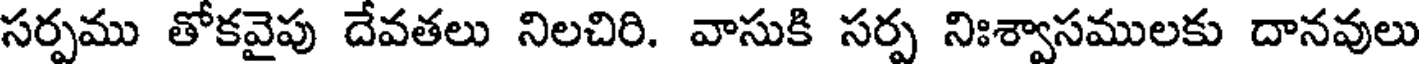
సర్పము తోకవైపు దేవతలు నిలచిరి. వాసుకి సర్ప నిఃశ్వాసములకు దానవులు